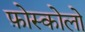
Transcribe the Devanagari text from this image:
फ़ोस्कोलो